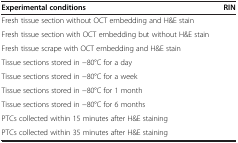
<table><thead><tr><td><b>Experimental conditions</b></td><td><b>RIN</b></td></tr></thead><tbody><tr><td>Fresh tissue section without OCT embedding and H&amp;E stain</td><td>[EMPTY_CELL]</td></tr><tr><td>Fresh tissue section with OCT embedding but without H&amp;E stain</td><td>[EMPTY_CELL]</td></tr><tr><td>Fresh tissue scrape with OCT embedding and H&amp;E stain</td><td>[EMPTY_CELL]</td></tr><tr><td>Tissue sections stored in −80°C for a day</td><td>[EMPTY_CELL]</td></tr><tr><td>Tissue sections stored in −80°C for a week</td><td>[EMPTY_CELL]</td></tr><tr><td>Tissue sections stored in −80°C for 1 month</td><td>[EMPTY_CELL]</td></tr><tr><td>Tissue sections stored in −80°C for 6 months</td><td>[EMPTY_CELL]</td></tr><tr><td>PTCs collected within 15 minutes after H&amp;E staining</td><td>[EMPTY_CELL]</td></tr><tr><td>PTCs collected within 35 minutes after H&amp;E staining</td><td>[EMPTY_CELL]</td></tr></tbody></table>